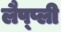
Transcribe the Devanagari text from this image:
लैप्प्ली